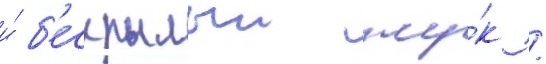
и́ б'ескрылыи жу́к /